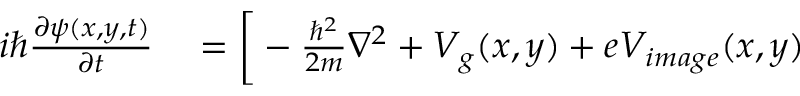
\begin{array} { r l } { i \hbar \frac { \partial \psi ( x , y , t ) } { \partial t } } & { { } = \bigg [ - \frac { \hbar ^ { 2 } } { 2 m } \nabla ^ { 2 } + V _ { g } ( x , y ) + e V _ { i m a g e } ( x , y ) } \end{array}